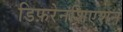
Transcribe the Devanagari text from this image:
डिफ़रेनशिएशन